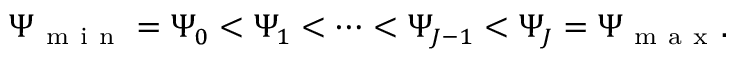
\Psi _ { \mathrm { ~ m ~ i ~ n ~ } } = \Psi _ { 0 } < \Psi _ { 1 } < \cdots < \Psi _ { J - 1 } < \Psi _ { J } = \Psi _ { \mathrm { ~ m ~ a ~ x ~ } } .